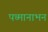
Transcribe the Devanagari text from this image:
पध्मानाभन